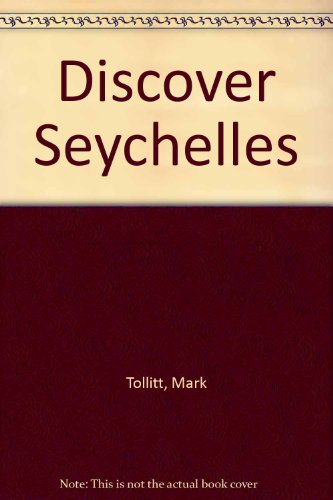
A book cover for Discover Seychelles; Mark Tollitt; Travel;